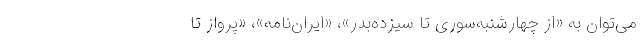
می‌توان به «از چهارشنبه‌سوری تا سیزده‌بدر»، «ایران‌نامه»، «پرواز تا